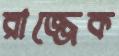
রাজ্জেক